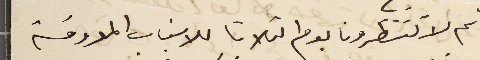
ثم لا تنظرونا يوم الثلاثا للاسَباب المعروفة